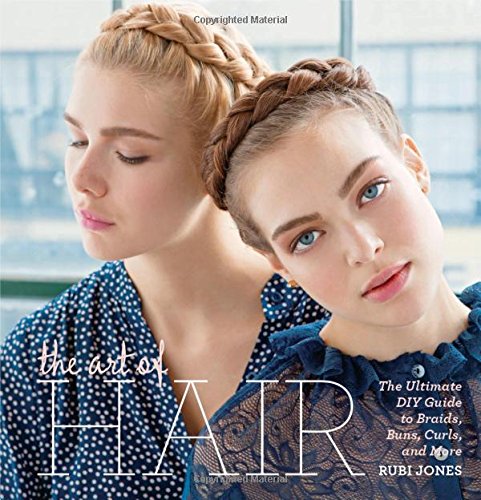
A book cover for The Art of Hair: The Ultimate DIY Guide to Braids, Buns, Curls, and More; Rubi Jones; Humor & Entertainment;